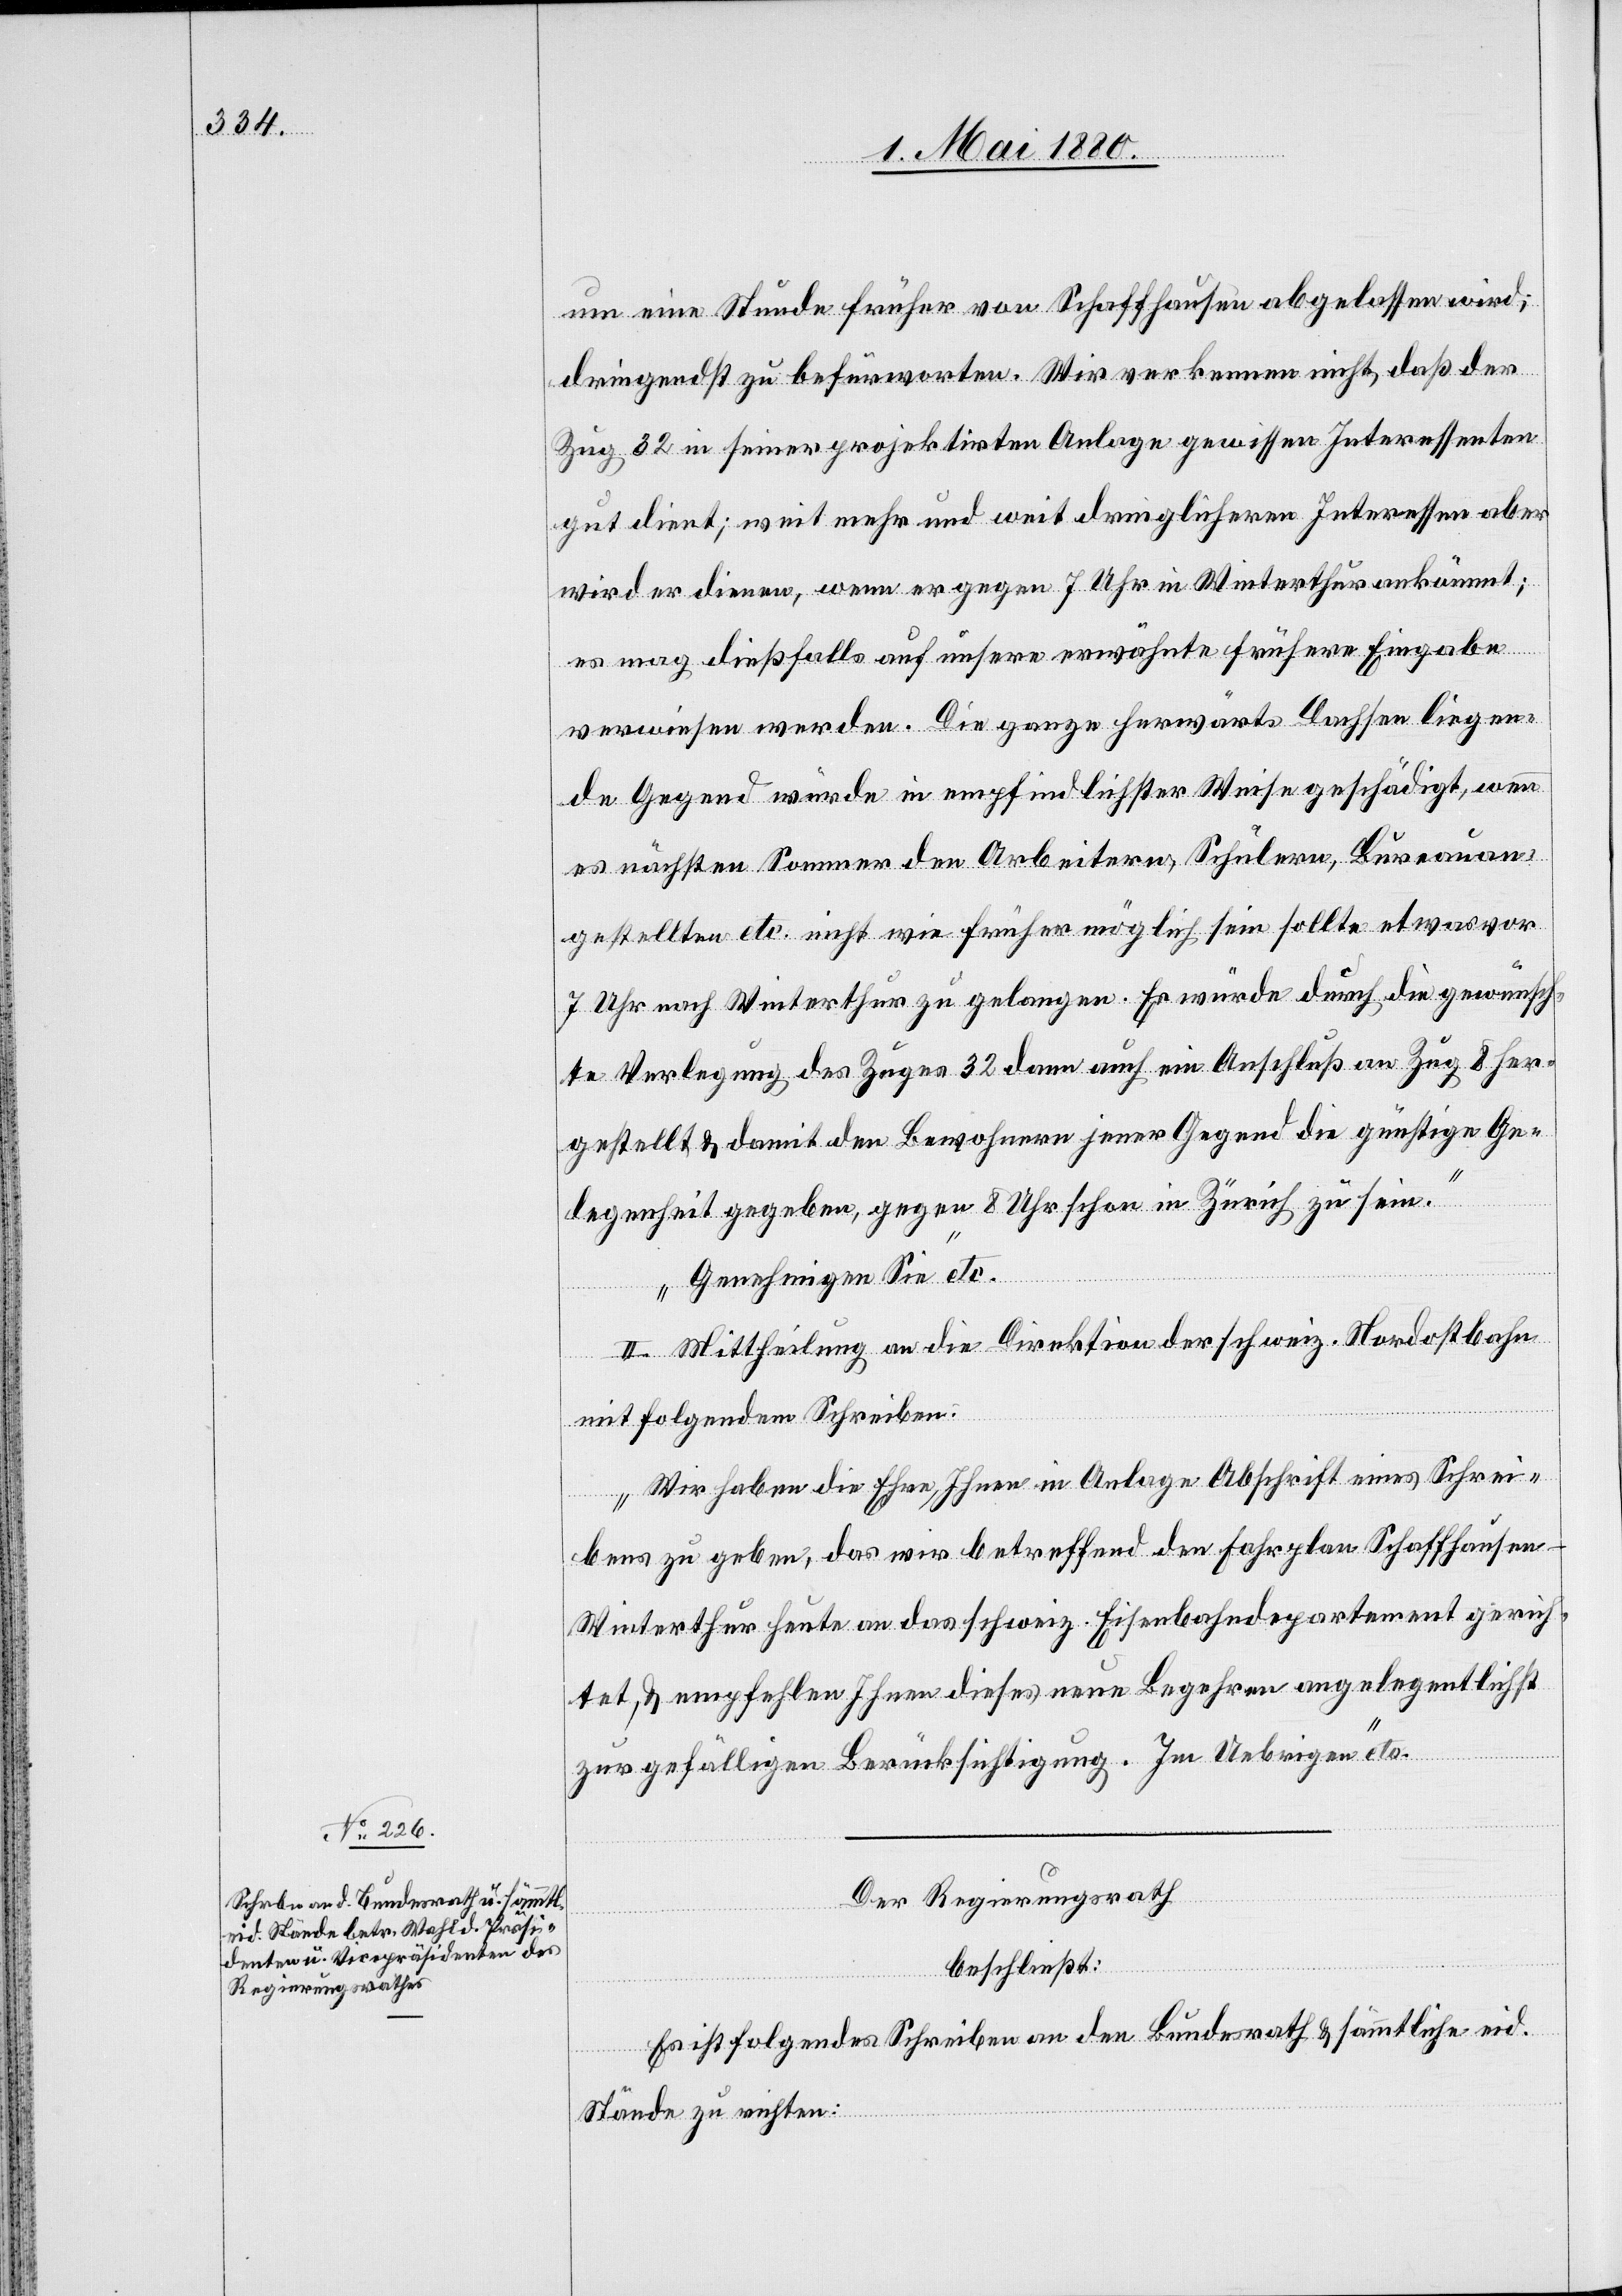
um eine Stunde früher von Schaffhausen abgelassen wird,
dringendst zu befürworten. Wir verkennen nicht, daß der
Zug 32 in seiner projektirten Anlage gewissen Interessenten
gut dient; weit mehr und weit dringlicheren Interessen aber
wird er dienen, wenn er gegen 7 Uhr in Winterthur ankömmt;
es mag dießfalls auf unsere erwähnte frühere Eingabe
verwiesen werden. Die ganze herwärts Dachsen liegen¬
de Gegend würde in empfindlicher Weise geschädigt, wenn
es nächsten Sommer den Arbeitern, Schülern, Bureauan¬
gestellten etc. nicht wie früher möglich sein sollte etwas vor
7 Uhr nach Winterthur zu gelangen. Es würde durch die gewünsch¬
te Verlegung des Zuges 32 dann auch ein Anschluß an Zug 8 her¬
gestellt & damit den Bewohnern jener Gegend die günstige Ge¬
legenheit gegeben, gegen 8 Uhr schon in Zürich zu sein.
Genehmigen Sie“ etc.
II. Mittheilung an die Direktion der schweiz. Nordostbahn
mit folgendem Schreiben:
„Wir haben die Ehre, Ihnen in Anlage Abschrift eines Schrei¬
bens zu geben, das wir betreffend den Fahrplan Schaffhause¬
n–Winterthur heute an das schweiz. Eisenbahndepartement gerich¬
tet, & empfehlen Ihnen dieses neue Begehren angelegentlichst
zur gefälligen Berücksichtigung. Im Uebrigen“ etc.
Der Regierungsrath,
beschließt:
Es ist folgendes Schreiben an den Bundesrath & sämmtliche eid.
Stände zu richten: